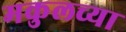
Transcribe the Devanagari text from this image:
मकुलच्या